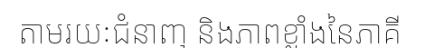
តាមរយៈជំនាញ និងភាពខ្លាំងនៃភាគី